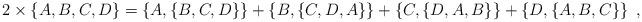
LaTeX: \begin{align*}2\times\left\{ A,B,C,D\right\} =\left\{ A,\left\{ B,C,D\right\} \right\}+\left\{ B,\left\{ C,D,A\right\} \right\} +\left\{ C,\left\{D,A,B\right\} \right\} +\left\{ D,\left\{ A,B,C\right\} \right\} \;,\end{align*}